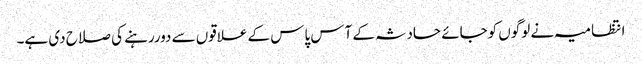
انتظامیہ نے لوگوں کوجائے حادثہ کے آس پاس کے علاقوں سے دوررہنے کی صلاح دی ہے۔